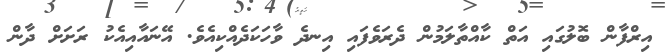
އިރްފާން ބޮލުގައި އަތް ކާއްތާލަމުން ދެރަވެފައި އިނދެ ވާހަކަދެއްކިއެވެ. އޭނައާއިއެކު ރަށަށް ދާން